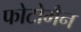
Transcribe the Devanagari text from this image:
फोटोमैन